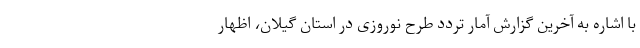
با اشاره به آخرین گزارش آمار تردد طرح نوروزی در استان گیلان، اظهار